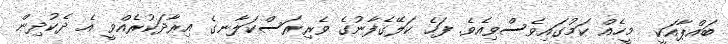
ބައްޕާއަކީ  މީހެއް ކަމުގައިވެސްވިއެވެ. ފަހެ ކަލޭގެފާނުގެ ވެރިރަސްކަލާނގެ އިރާދަކުރެއްވީ އެ ދެކުދިން